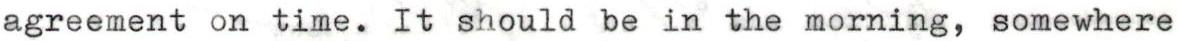
agreement on time. It should be in the morning, somewhere